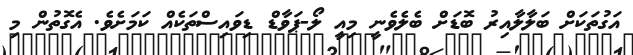
އަގުތަކަށް ބަލާލާއިރު ބޮޑަށް ބެލެވެނީ މިއީ ލޯ-ޕަވާޑް ޑިވައިސްތަކެއް ކަމަށެވެ. އެގޮތުން މި